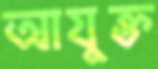
আযুক্ত